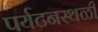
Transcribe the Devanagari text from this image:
पर्यटनस्‍थळी